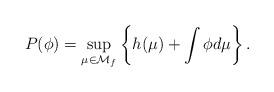
LaTeX: \begin{align*}P(\phi) = \sup_{\mu \in {\mathcal M}_f}\left\{h(\mu) + \int\phi{d\mu}\right\}. \end{align*}